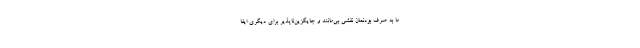
ما به صرف بودنمان نقشی بی‌مانند و جایگزین‌ناپذیر برای دیگری ایفا